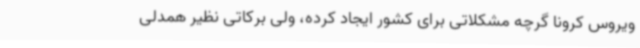
ویروس کرونا گرچه مشکلاتی برای کشور ایجاد کرده، ولی برکاتی نظیر همدلی